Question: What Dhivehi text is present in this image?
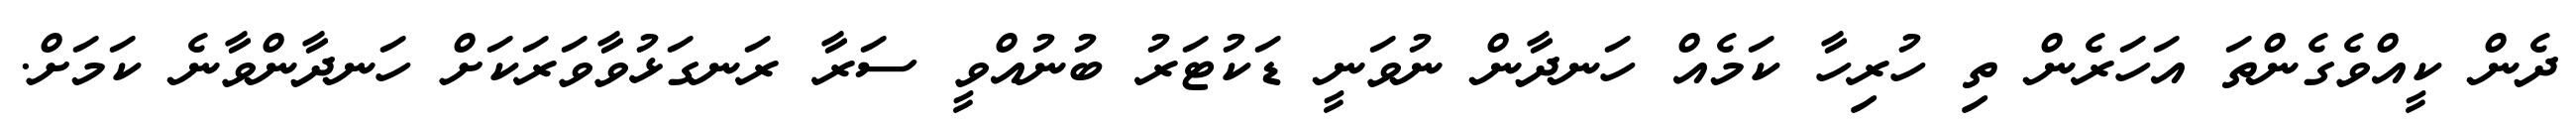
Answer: ދެން ކީއްވެގެންތަ އަހަރެން ތި ހުރިހާ ކަމެއް ހަނދާން ނުވަނީ ޑަކުޓަރު ބުނުއްވީ ސަރާ ރަނގަޅުވާވަރަކަށް ހަނދާންވާނެ ކަމަށް.